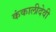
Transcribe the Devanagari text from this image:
कंकालीदेवी